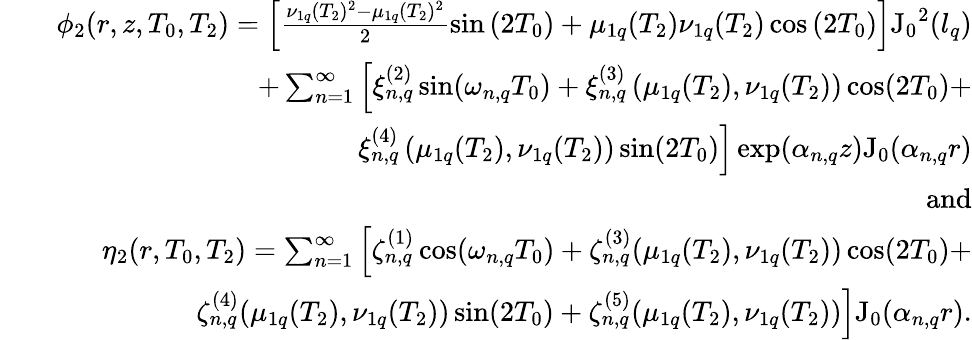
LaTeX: \begin{array}{rlr}&{}&{\phi_{2}(r,z,T_{0},T_{2})=\left[\frac{\nu_{1q}(T_{2})^{2}-\mu_{1q}(T_{2})^{2}}{2}\sin\left(2T_{0}\right)+\mu_{1q}(T_{2})\nu_{1q}(T_{2})\cos\left(2T_{0}\right)\right]\mathrm{J_{0}}^{2}(l_{q})}\\ &{}&{+\sum_{n=1}^{\infty}\left[\xi_{n,q}^{(2)}\sin(\omega_{n,q}T_{0})+\xi_{n,q}^{(3)}\left(\mu_{1q}(T_{2}),\nu_{1q}(T_{2})\right)\cos(2T_{0})+\right.}\\ &{}&{\left.\xi_{n,q}^{(4)}\left(\mu_{1q}(T_{2}),\nu_{1q}(T_{2})\right)\sin(2T_{0})\right]\exp(\alpha_{n,q}z)\mathrm{J_{0}}(\alpha_{n,q}r)}\\ &{}&{\mathrm{and}}\\ &{}&{\eta_{2}(r,T_{0},T_{2})=\sum_{n=1}^{\infty}\left[\zeta_{n,q}^{(1)}\cos(\omega_{n,q}T_{0})+\zeta_{n,q}^{(3)}(\mu_{1q}(T_{2}),\nu_{1q}(T_{2}))\cos(2T_{0})+\right.}\\ &{}&{\left.\zeta_{n,q}^{(4)}(\mu_{1q}(T_{2}),\nu_{1q}(T_{2}))\sin(2T_{0})+\zeta_{n,q}^{(5)}(\mu_{1q}(T_{2}),\nu_{1q}(T_{2}))\right]\mathrm{J_{0}}(\alpha_{n,q}r).}\end{array}